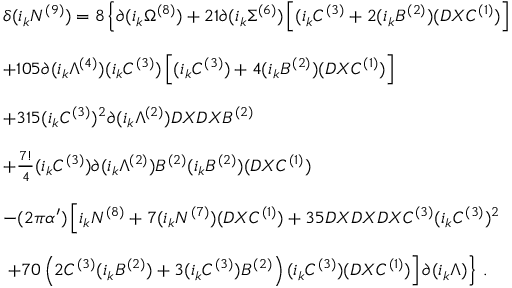
\begin{array} { r c l } { { } } & { { } } & { { \delta ( i _ { k } N ^ { ( 9 ) } ) = 8 \left\{ \partial ( i _ { k } \Omega ^ { ( 8 ) } ) + 2 1 \partial ( i _ { k } \Sigma ^ { ( 6 ) } ) \left[ ( i _ { k } C ^ { ( 3 ) } + 2 ( i _ { k } B ^ { ( 2 ) } ) ( D X C ^ { ( 1 ) } ) \right] \right. } } \\ { { } } & { { } } & { { } } \\ { { } } & { { } } & { { + 1 0 5 \partial ( i _ { k } \Lambda ^ { ( 4 ) } ) ( i _ { k } C ^ { ( 3 ) } ) \left[ ( i _ { k } C ^ { ( 3 ) } ) + 4 ( i _ { k } B ^ { ( 2 ) } ) ( D X C ^ { ( 1 ) } ) \right] } } \\ { { } } & { { } } & { { } } \\ { { } } & { { } } & { { + 3 1 5 ( i _ { k } C ^ { ( 3 ) } ) ^ { 2 } \partial ( i _ { k } \Lambda ^ { ( 2 ) } ) D X D X B ^ { ( 2 ) } } } \\ { { } } & { { } } & { { } } \\ { { } } & { { } } & { { + \frac { 7 ! } { 4 } ( i _ { k } C ^ { ( 3 ) } ) \partial ( i _ { k } \Lambda ^ { ( 2 ) } ) B ^ { ( 2 ) } ( i _ { k } B ^ { ( 2 ) } ) ( D X C ^ { ( 1 ) } ) } } \\ { { } } & { { } } & { { } } \\ { { } } & { { } } & { { - ( 2 \pi \alpha ^ { \prime } ) \left[ i _ { k } N ^ { ( 8 ) } + 7 ( i _ { k } N ^ { ( 7 ) } ) ( D X C ^ { ( 1 ) } ) + 3 5 D X D X D X C ^ { ( 3 ) } ( i _ { k } C ^ { ( 3 ) } ) ^ { 2 } \right. } } \\ { { } } & { { } } & { { } } \\ { { } } & { { } } & { { \left. \left. + 7 0 \left( 2 C ^ { ( 3 ) } ( i _ { k } B ^ { ( 2 ) } ) + 3 ( i _ { k } C ^ { ( 3 ) } ) B ^ { ( 2 ) } \right) ( i _ { k } C ^ { ( 3 ) } ) ( D X C ^ { ( 1 ) } ) \right] \partial ( i _ { k } \Lambda ) \right\} \, . } } \end{array}